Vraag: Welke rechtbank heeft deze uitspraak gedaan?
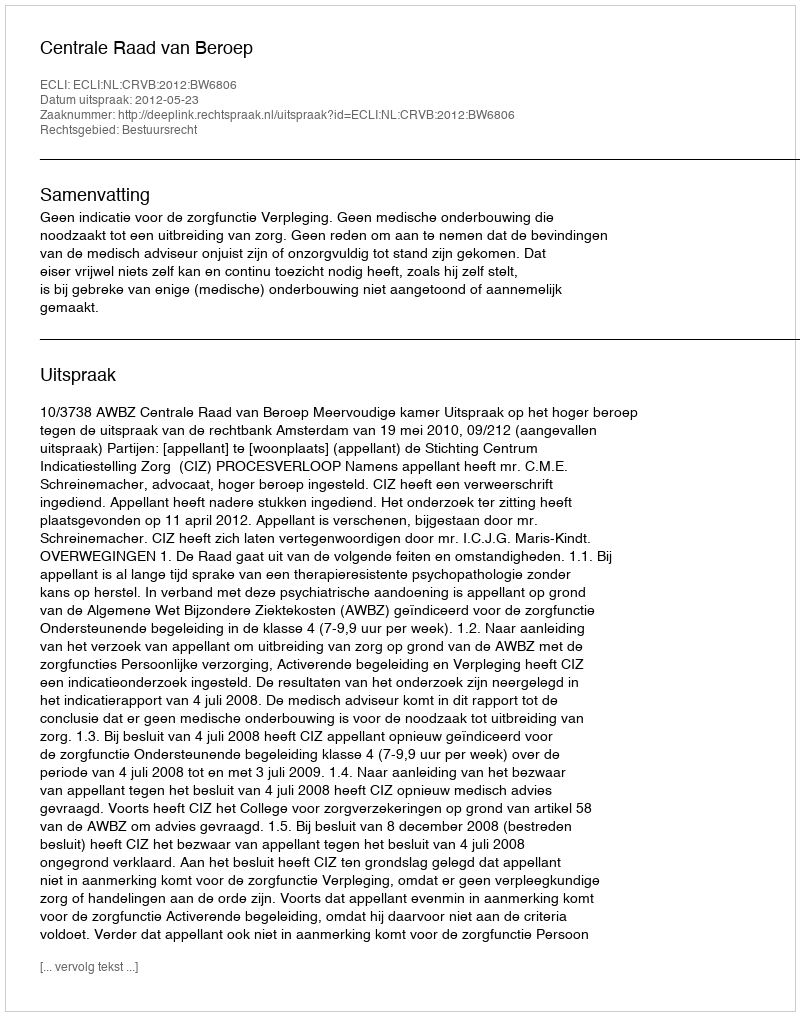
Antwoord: Centrale Raad van Beroep